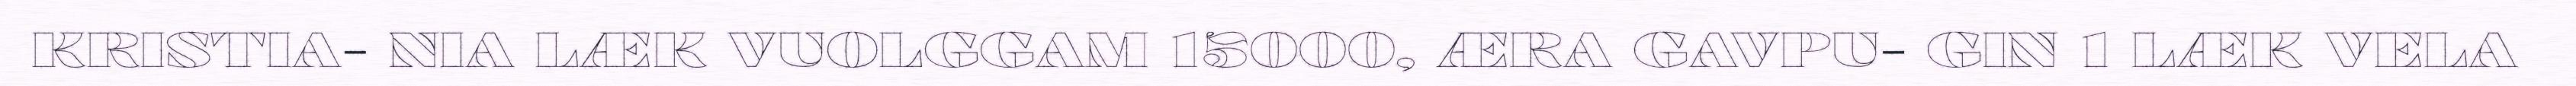
KRISTIA- NIA LÆK VUOLGGAM 15000, ÆRA GAVPU- GIN 1 LÆK VELA